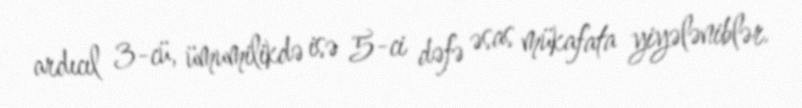
ardıcıl 3-cü, ümumilikdə isə 5-ci dəfə əsas mükafata yiyələniblər.